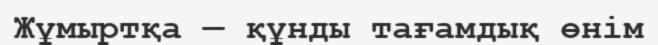
Жұмыртқа — құнды тағамдық өнім